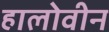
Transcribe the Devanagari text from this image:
हालोवीन